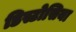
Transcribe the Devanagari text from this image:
डिस्टोसिया